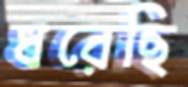
ধরেছি